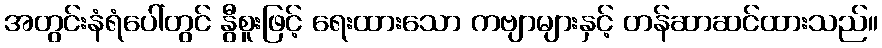
အတွင်းနံရံပေါ်တွင် နွီစူးဖြင့် ရေးထားသော ကဗျာများနှင့် တန်ဆာဆင်ထားသည်။